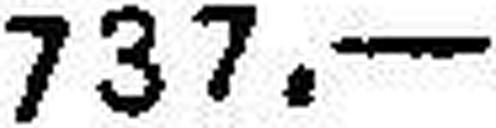
737.—